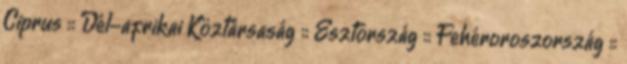
Ciprus :: Dél-afrikai Köztársaság :: Észtország :: Fehéroroszország ::